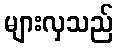
များလှသည်